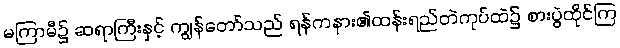
မကြာမီ၌ ဆရာကြီးနှင့် ကျွန်တော်သည် ရန်ကနား၏ထန်းရည်တဲကုပ်ထဲ၌ စားပွဲထိုင်ကြ